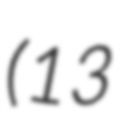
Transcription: (13